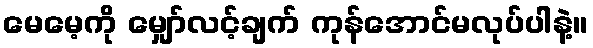
မေမေ့ကို မျှော်လင့်ချက် ကုန်အောင်မလုပ်ပါနဲ့။